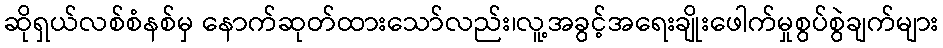
ဆိုရှယ်လစ်စံနစ်မှ နောက်ဆုတ်ထားသော်လည်း၊လူ့အခွင့်အရေးချိုးဖေါက်မှုစွပ်စွဲချက်များ